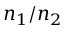
n _ { 1 } / n _ { 2 }